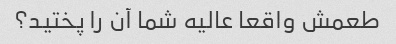
طعمش واقعا عالیه شما آن را پختید؟